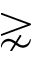
\gnsim